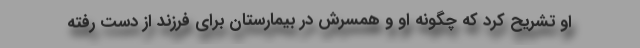
او تشریح کرد که چگونه او و همسرش در بیمارستان برای فرزند از دست رفته